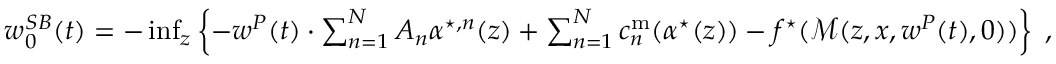
\begin{array} { r } { w _ { 0 } ^ { S B } ( t ) = - \operatorname* { i n f } _ { { z } } \left\{ - w ^ { P } ( t ) \cdot \sum _ { n = 1 } ^ { N } A _ { n } { \alpha } ^ { \star , n } ( z ) + \sum _ { n = 1 } ^ { N } c _ { n } ^ { \mathrm { m } } ( { \alpha } ^ { \star } ( z ) ) - f ^ { \star } ( \mathcal { M } ( z , x , w ^ { P } ( t ) , 0 ) ) \right\} \; , } \end{array}